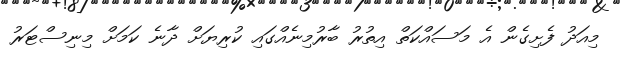
މިއަދު ފެށިގެން އެ މަސައްކަތް އިތުރު ބާރުމިނެއްގައި ކުރިޔަށް ދާނެ ކަމަށް މިނިސްޓަރު